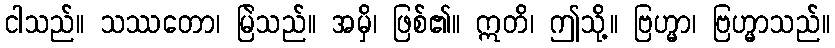
ငါသည်။ သဿတော၊ မြဲသည်။ အမှိ၊ ဖြစ်၏။ ဣတိ၊ ဤသို့။ ဗြဟ္မာ၊ ဗြဟ္မာသည်။